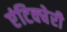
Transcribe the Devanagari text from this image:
एंटिक्चेरी